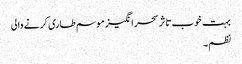
بہت خوب تاثر سحر انگیز موسم طاری کرنے والی
نظم۔